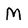
Character: M